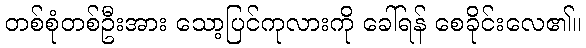
တစ်စုံတစ်ဦးအား သော့ပြင်ကုလားကို ခေါ်ရန် စေခိုင်းလေ၏။